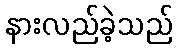
နားလည်ခဲ့သည်